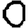
Digit: 0